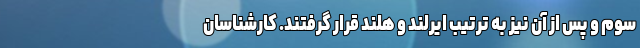
سوم و پس از آن نیز به ترتیب ایرلند و هلند قرار گرفتند. کارشناسان